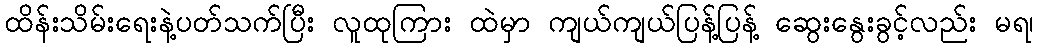
ထိန်းသိမ်းရေးနဲ့ပတ်သက်ပြီး လူထုကြား ထဲမှာ ကျယ်ကျယ်ပြန့်ပြန့် ဆွေးနွေးခွင့်လည်း မရ၊